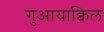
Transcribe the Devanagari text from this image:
गुआयाक्विल